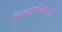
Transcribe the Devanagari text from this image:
निलामीकर्ता